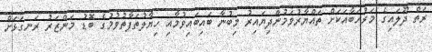
ރަތް ދޫލައިގެ މަރުހަބާއަކަށް ތައްޔާރުވަމުންދިޔައިރު މިބުނާ ބައިބައިވުމާއި ހިޔާލުތަފާތުވުމުގެ ބޮޑު މަންޒަރު ރަނގަޅަށް